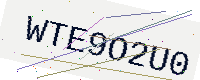
Text: WTE9O2U0